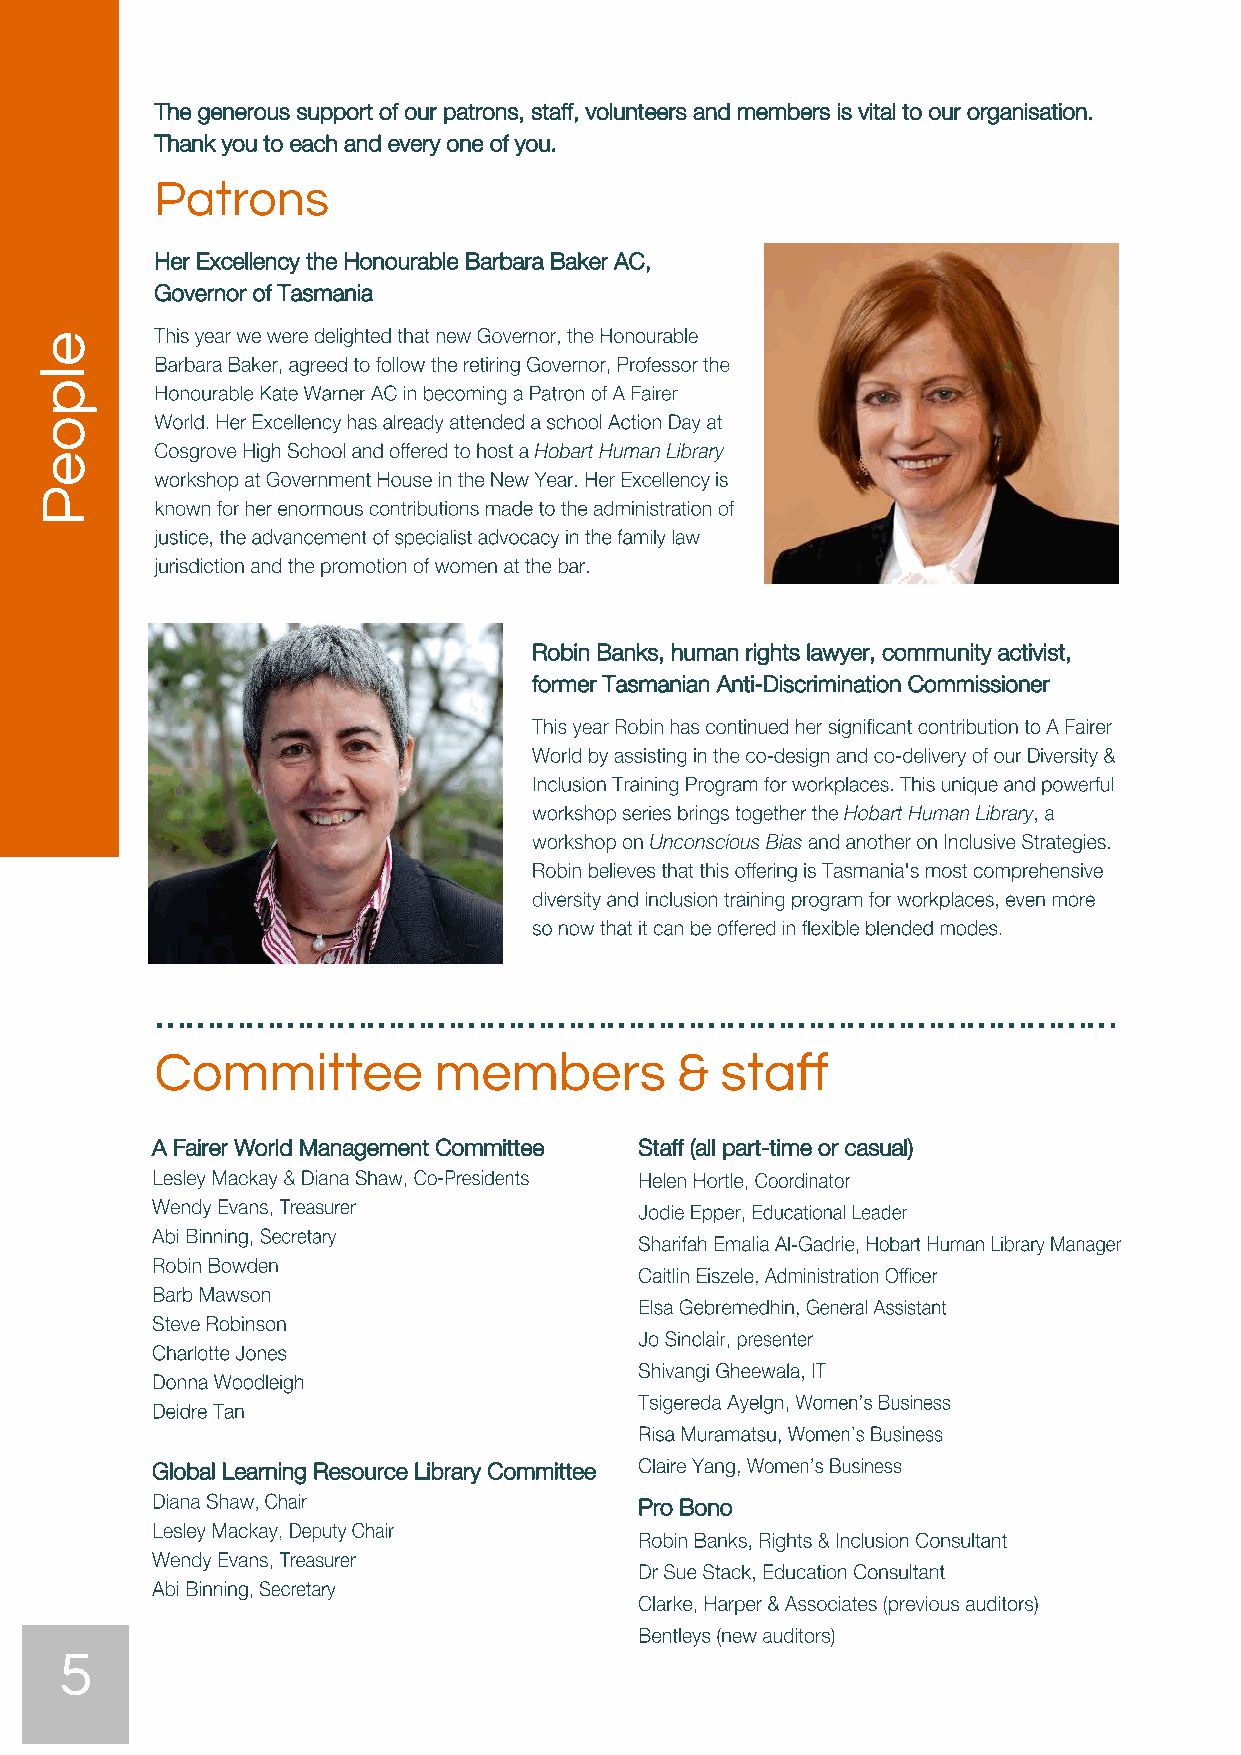
The generous support of our patrons, staff, volunteers and members is vital to our organisation.
 Thank you to each and every one of you.
 Patrons
 Her Excellency the Honourable Barbara Baker AC,
 Governor of Tasmania
 Robin Banks, human rights lawyer, community activist,
 former Tasmanian Anti-Discrimination Commissioner
 ……………………………………………………………………………………
 Committee          members         &  staff
 A Fairer World Management Committee Staff (all part-time or casual)
 Global Learning Resource Library Committee
 Pro Bono
 5
 elpoeP